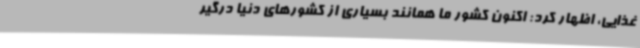
غذایی، اظهار کرد: اکنون کشور ما همانند بسیاری از کشورهای دنیا درگیر